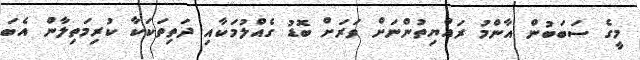
މީގެ ސަބަބުން އާންމު ރައްޔިތުންނަށް ވަރަށް ބޮޑު ގެއްލުމަކާއި ދަތިތަކަކާ ކުރިމަތިލާން އެބަ